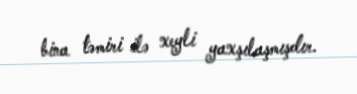
bina təmiri ilə xeyli yaxşılaşmışdır.